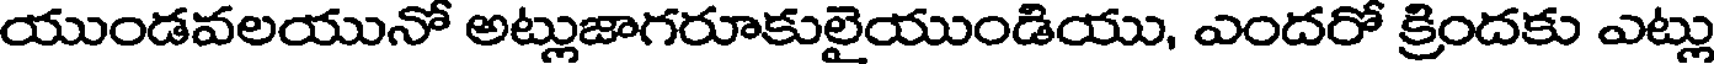
యుండవలయునో అట్లుజాగరూకులైయుండియు, ఎందరో క్రిందకు ఎట్లు